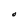
Character: O